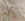
رائع